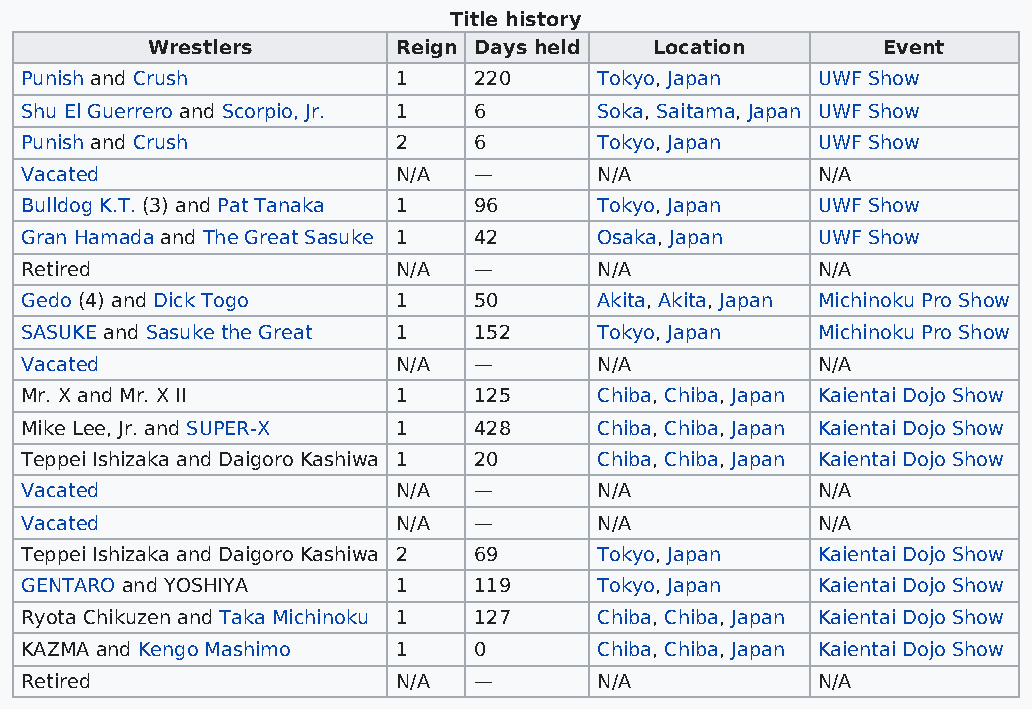
Title history
 Wrestlers       Reign Days held  Location       Event
 Punish and Crush         1    220      Tokyo, Japan  UWF Show
 Shu El Guerrero and Scorpio, Jr. 1 6   Soka, Saitama, Japan UWF Show
 Punish and Crush         2    6        Tokyo, Japan  UWF Show
 Vacated                  N/A  —        N/A           N/A
 Bulldog K.T. (3) and Pat Tanaka 1 96   Tokyo, Japan  UWF Show
 Gran Hamada and The Great Sasuke 1 42  Osaka, Japan  UWF Show
 Retired                  N/A  —        N/A           N/A
 Gedo (4) and Dick Togo   1    50       Akita, Akita, Japan Michinoku Pro Show
 SASUKE and Sasuke the Great 1 152      Tokyo, Japan  Michinoku Pro Show
 Vacated                  N/A  —        N/A           N/A
 Mr. X and Mr. X II       1    125      Chiba, Chiba, Japan Kaientai Dojo Show
 Mike Lee, Jr. and SUPER-X 1   428      Chiba, Chiba, Japan Kaientai Dojo Show
 Teppei Ishizaka and Daigoro Kashiwa 1 20 Chiba, Chiba, Japan Kaientai Dojo Show
 Vacated                  N/A  —        N/A           N/A
 Vacated                  N/A  —        N/A           N/A
 Teppei Ishizaka and Daigoro Kashiwa 2 69 Tokyo, Japan Kaientai Dojo Show
 GENTARO and YOSHIYA      1    119      Tokyo, Japan  Kaientai Dojo Show
 Ryota Chikuzen and Taka Michinoku 1 127 Chiba, Chiba, Japan Kaientai Dojo Show
 KAZMA and Kengo Mashimo  1    0        Chiba, Chiba, Japan Kaientai Dojo Show
 Retired                  N/A  —        N/A           N/A